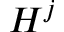
H ^ { j }